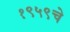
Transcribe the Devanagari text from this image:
१९५९चे